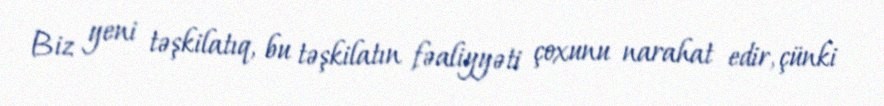
Biz yeni təşkilatıq, bu təşkilatın fəaliyyəti çoxunu narahat edir, çünki